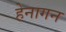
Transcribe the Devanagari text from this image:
हेनागन